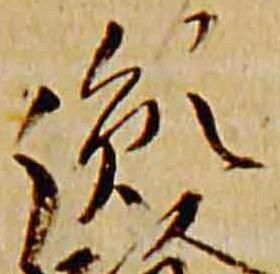
胤